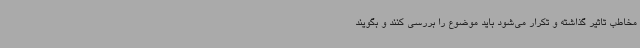
مخاطب تاثیر گذاشته و تکرار می‌شود باید موضوع را بررسی کنند و بگویند